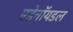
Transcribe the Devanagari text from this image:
एडेनॉयडल